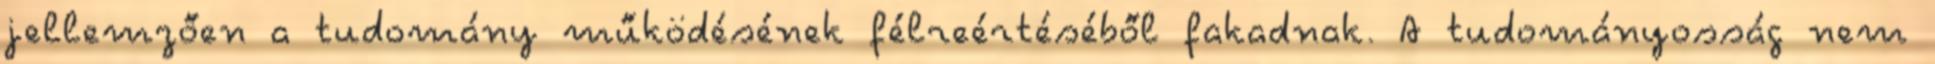
jellemzően a tudomány működésének félreértéséből fakadnak. A tudományosság nem